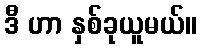
ဒီ ဟာ နှစ်ခုယူမယ်။